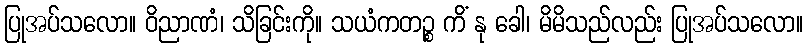
ပြုအပ်သလော။ ဝိညာဏံ၊ သိခြင်းကို။ သယံကတဉ္စ ကိံ နု ခေါ၊ မိမိသည်လည်း ပြုအပ်သလော။